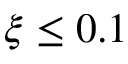
\xi \leq 0 . 1